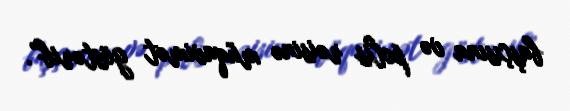
başçısına və polis rəisinə müqavimət göstərib”.